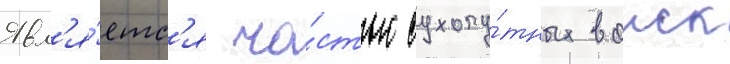
Явл'я́етс'я ча́стью сухопу́тных воиск